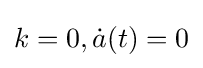
k=0,{\dot {a}}(t)=0